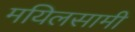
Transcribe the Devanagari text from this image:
मयिलसामी